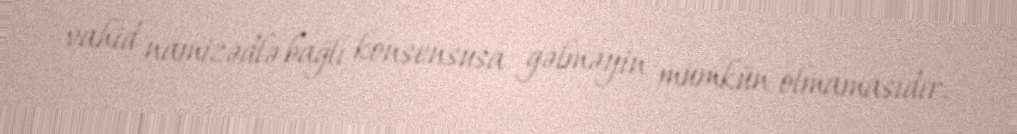
vahid namizədlə bağlı konsensusa gəlməyin mümkün olmamasıdır.